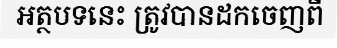
អត្ថបទនេះ ត្រូវបានដកចេញពី